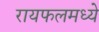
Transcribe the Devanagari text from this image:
रायफलमध्ये